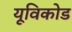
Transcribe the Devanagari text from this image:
यूविकोड